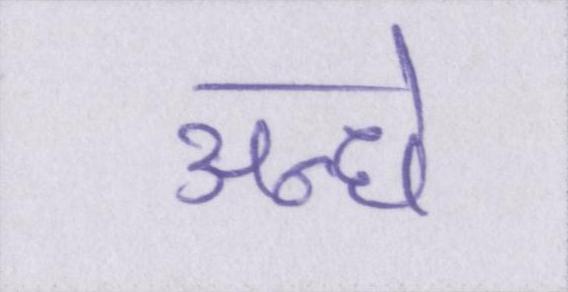
अन्धे